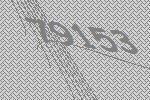
79153